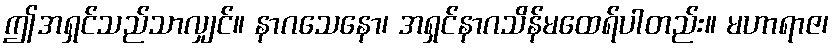
ဤအရှင်သည်သာလျှင်။ နာဂသေနော၊ အရှင်နာဂသိန်မထေရ်ပါတည်း။ မဟာရာဇ၊